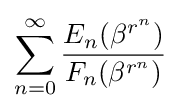
\sum _{n=0}^{\infty }{\frac {E_{n}(\beta ^{r^{n}})}{F_{n}(\beta ^{r^{n}})}}